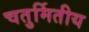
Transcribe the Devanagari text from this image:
चतुर्मितीय